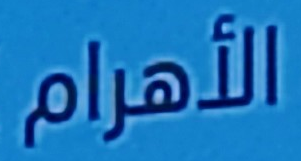
الأهرام